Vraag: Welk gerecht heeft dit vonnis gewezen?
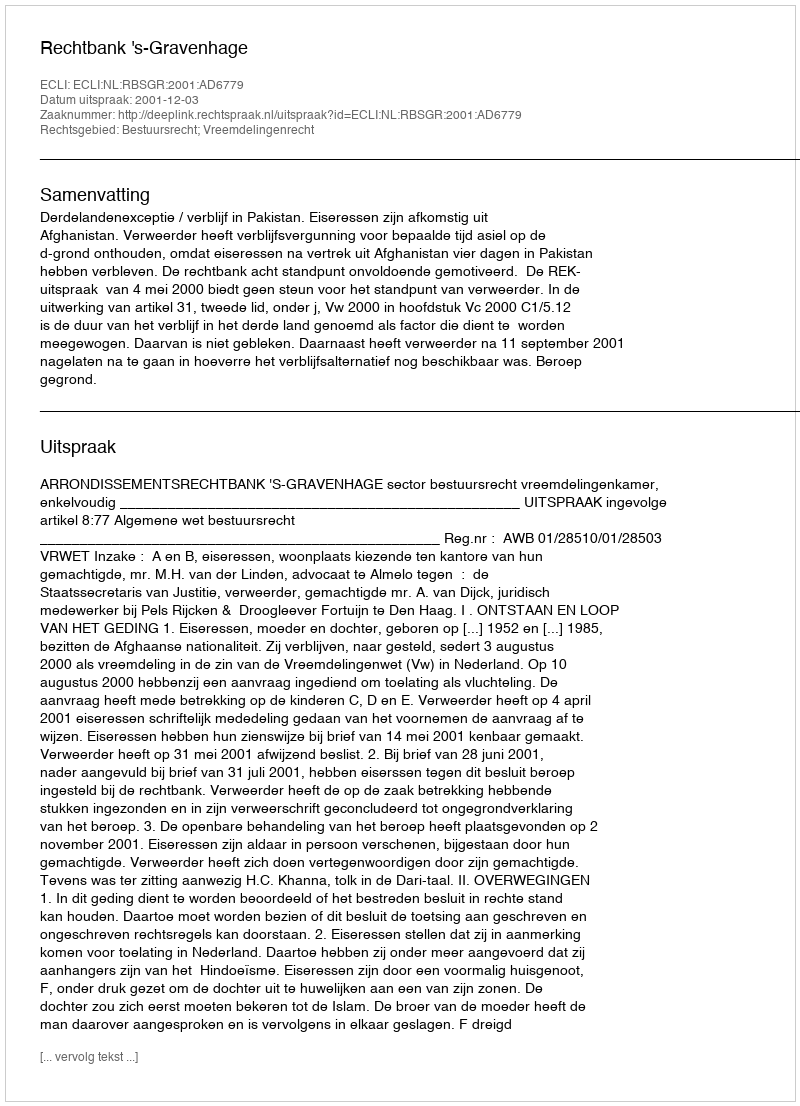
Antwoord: Rechtbank 's-Gravenhage